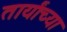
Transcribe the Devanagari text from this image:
तार्यांच्या